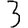
Digit: 3